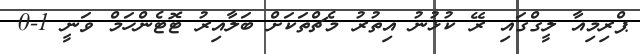
ޕްރިމިއާ ލީގްގައި ރޭ ކުޅުނު އިތުރު މެޗްތަކަށް ބަލާއިރު ޓޮޓެންހަމް ވަނީ 1-0